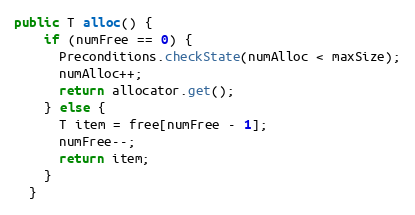
Language: Java
public T alloc() {
    if (numFree == 0) {
      Preconditions.checkState(numAlloc < maxSize);
      numAlloc++;
      return allocator.get();
    } else {
      T item = free[numFree - 1];
      numFree--;
      return item;
    }
  }